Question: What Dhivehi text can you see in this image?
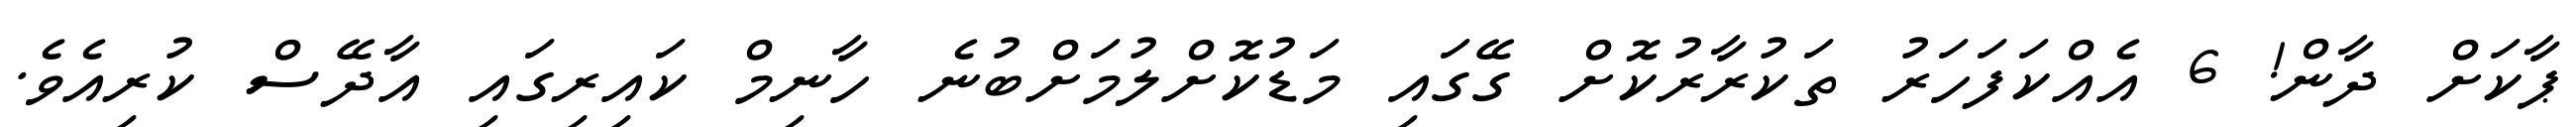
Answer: ޕާކަށް ދާން! 6 އެއްކަފަހަރު ތަކުރާރުކޮށް ގޭގައި މަޑުކޮށްލުމަށްބުނެ ހާނިމް ކައިރިގައި އާދޭސް ކުރިއެވެ.